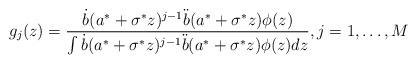
LaTeX: \begin{align*}g_j(z) = \frac{\dot{b}(a^\ast +\sigma^\ast z)^{j-1}\ddot{b}(a^\ast+\sigma^\ast z) \phi(z)}{\int \dot{b}(a^\ast +\sigma^\ast z)^{j-1}\ddot{b}(a^\ast+\sigma^\ast z) \phi(z)d z}, j=1, \ldots, M\end{align*}